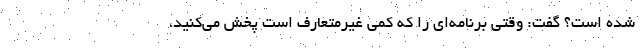
شده‌ است؟ گفت: وقتی برنامه‌ای را که کمی غیرمتعارف است پخش می‌کنید،